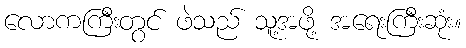
လောကကြီးတွင် ဖဲသည် သူ့အဖို့ အရေးကြီးဆုံး။